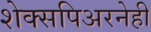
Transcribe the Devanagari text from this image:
शेक्सपिअरनेही